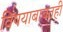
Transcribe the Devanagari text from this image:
विषयाबाबतही